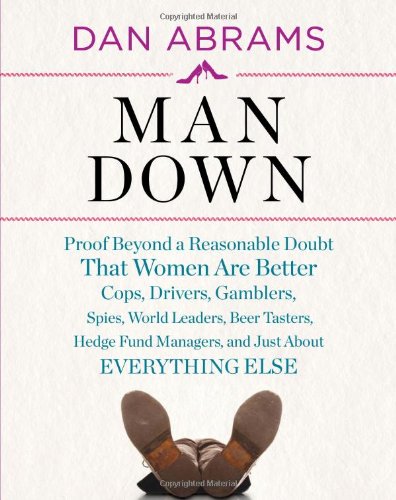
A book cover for Man Down: Proof Beyond a Reasonable Doubt That Women Are Better Cops, Drivers, Gamblers, Spies, World Leaders, Beer Tasters, Hedge Fund Managers, and Just About Everything Else; Dan Abrams; Reference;